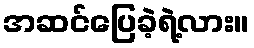
အဆင်ပြေခဲ့ရဲ့လား။